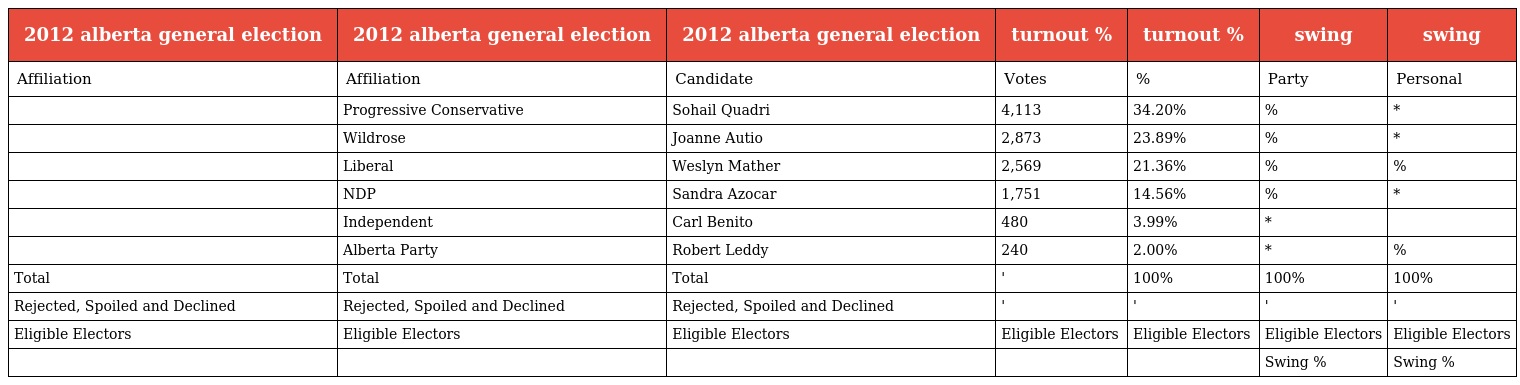
| 2012 alberta general election | 2012 alberta general election | 2012 alberta general election | turnout % | turnout % | swing | swing |
 | --- | --- | --- | --- | --- | --- | --- |
 | Affiliation | Affiliation | Candidate | Votes | % | Party | Personal |
 |  | Progressive Conservative | Sohail Quadri | 4,113 | 34.20% | % | * |
 |  | Wildrose | Joanne Autio | 2,873 | 23.89% | % | * |
 |  | Liberal | Weslyn Mather | 2,569 | 21.36% | % | % |
 |  | NDP | Sandra Azocar | 1,751 | 14.56% | % | * |
 |  | Independent | Carl Benito | 480 | 3.99% | * |  |
 |  | Alberta Party | Robert Leddy | 240 | 2.00% | * | % |
 | Total | Total | Total | ' | 100% | 100% | 100% |
 | Rejected, Spoiled and Declined | Rejected, Spoiled and Declined | Rejected, Spoiled and Declined | ' | ' | ' | ' |
 | Eligible Electors | Eligible Electors | Eligible Electors | Eligible Electors | Eligible Electors | Eligible Electors | Eligible Electors |
 |  |  |  |  |  | Swing % | Swing % |